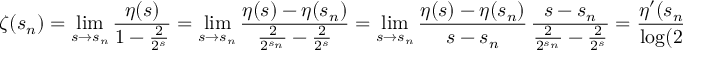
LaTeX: \zeta ( s _ { n } ) = \operatorname* { l i m } _ { s \to s _ { n } } { \frac { \eta ( s ) } { 1 - { \frac { 2 } { 2 ^ { s } } } } } = \operatorname* { l i m } _ { s \to s _ { n } } { \frac { \eta ( s ) - \eta ( s _ { n } ) } { { \frac { 2 } { 2 ^ { s _ { n } } } } - { \frac { 2 } { 2 ^ { s } } } } } = \operatorname* { l i m } _ { s \to s _ { n } } { \frac { \eta ( s ) - \eta ( s _ { n } ) } { s - s _ { n } } } \, { \frac { s - s _ { n } } { { \frac { 2 } { 2 ^ { s _ { n } } } } - { \frac { 2 } { 2 ^ { s } } } } } = { \frac { \eta ^ { \prime } ( s _ { n } ) } { \log ( 2 ) } } .